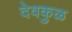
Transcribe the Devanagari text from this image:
देवकुळ